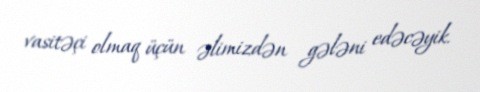
vasitəçi olmaq üçün əlimizdən gələni edəcəyik.